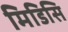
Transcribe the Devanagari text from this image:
मिडिसि